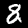
Label: 8